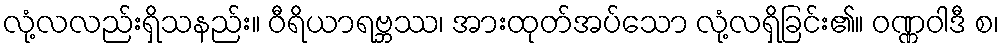
လုံ့လလည်းရှိသနည်း။ ဝီရိယာရဗ္ဘဿ၊ အားထုတ်အပ်သော လုံ့လရှိခြင်း၏။ ဝဏ္ဏဝါဒီ စ၊